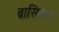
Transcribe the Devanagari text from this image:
ब्रासिका